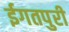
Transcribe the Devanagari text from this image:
ईगतपुरी